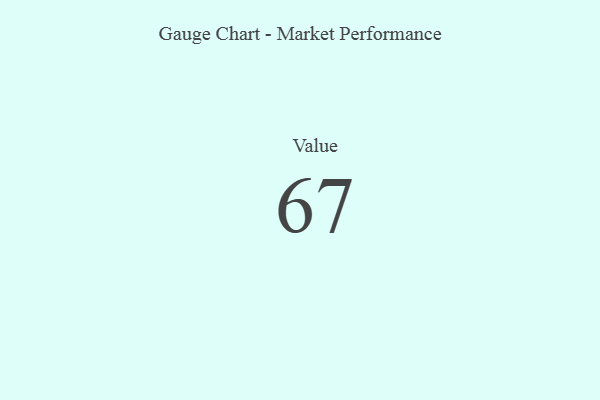
{"axis": {"x": "Metric", "y": "Value"}, "legend": [""], "data": [{"x": "Value", "y": 67, "type": ""}]}